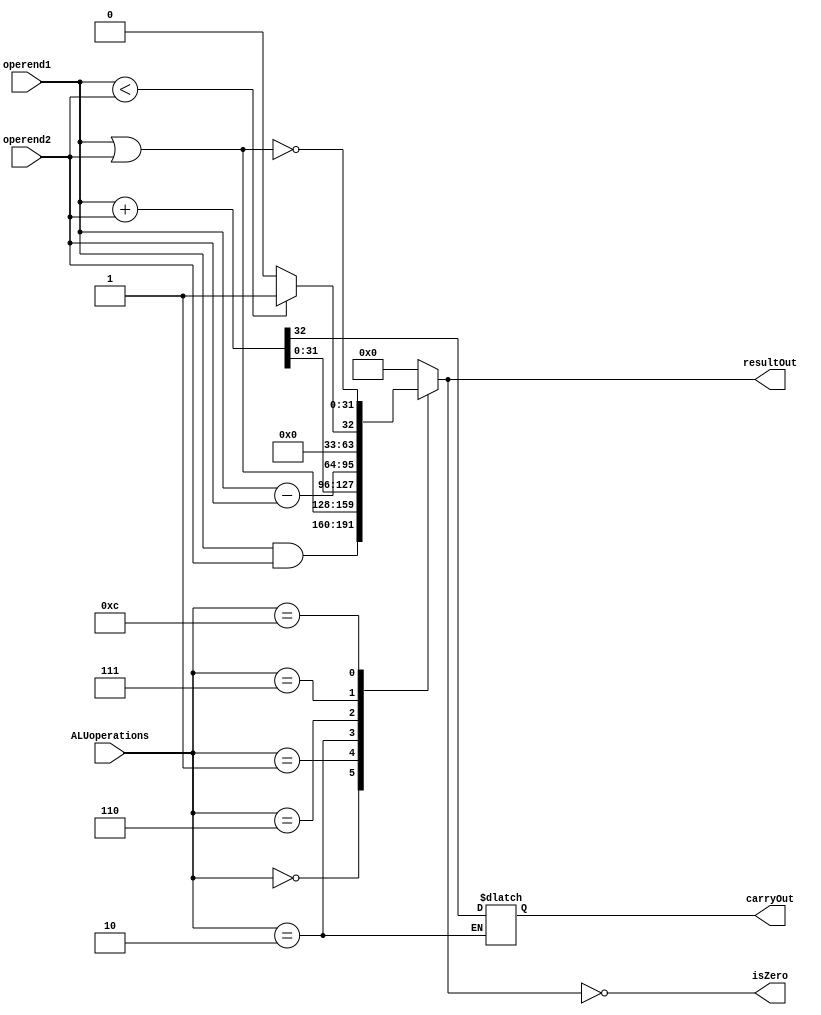
`timescale 1ns/1ps

module ArithmeticLogicUnit
                (
                    input wire [32-1:0]operend1,
                    input wire [32-1:0]operend2,
                    output reg [32-1:0]resultOut,
                    input wire [4-1:0]ALUoperations,
                    output reg carryOut,
                    output wire isZero                
                );


always@(*)
    begin
        case(ALUoperations)
            4'b0000: resultOut <= operend1 & operend2;
            4'b0001: resultOut <= operend1 | operend2;
            4'b0010: {carryOut, resultOut} <= operend1 + operend2;
            4'b0110: resultOut <= operend1 - operend2;
            4'b0111: resultOut <= (operend1 < operend2) ? 32'h1 : 32'h0;
            4'b1100: resultOut <= ~(operend1 | operend2);
            default: resultOut <= 32'h0;
        endcase
    end

assign isZero = (resultOut == 32'h0);
endmodule